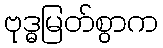
ဗုဒ္ဓမြတ်စွာက